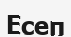
Есеп